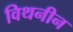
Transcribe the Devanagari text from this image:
विथनीन